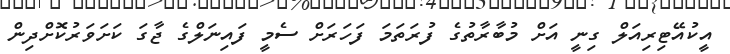
އީކުއޭޓިރިއަލް ގިނީ އަށް މުބާރާތުގެ ފުރަތަމަ ފަހަރަށް ސެމީ ފައިނަލްގެ ޖާގަ ކަށަވަރުކޮށްދިން